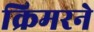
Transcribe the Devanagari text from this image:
क्रिमरने